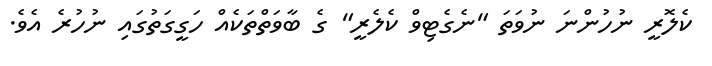
ކެލޮރީ ނުހުންނަ ނުވަތަ "ނެގެޓިވް ކެލެރީ" ގެ ބާވަތްތަކެއް ހަގީގަތުގައި ނުހުރެ އެވެ.